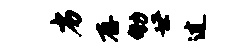
劣存劬世过